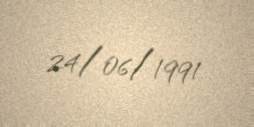
24/06/1991